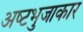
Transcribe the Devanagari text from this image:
अष्‍टभुजाकार